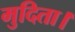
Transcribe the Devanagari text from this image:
मुदिता।